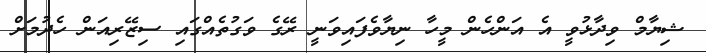
ޝިޔާމް ވިދާޅުވީ އެ އަންހެން މީހާ ނިޔާވެފައިވަނީ ރޭގެ ވަގުތެއްގައި ސިޒޭރިއަން ހެދުމަށް